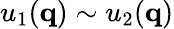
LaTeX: u_{1}(\mathbf{q})\sim u_{2}(\mathbf{q})